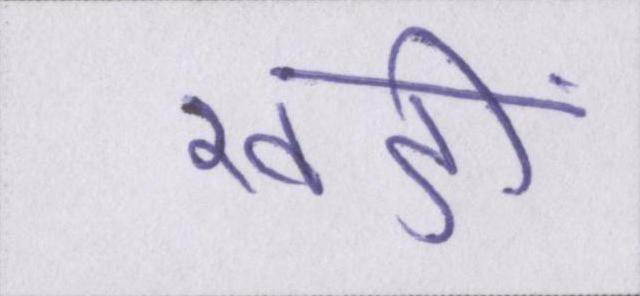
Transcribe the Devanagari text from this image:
खङी